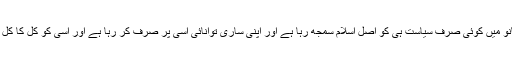
ایک طرف آج ہم مسلمانو میں کوئی صرف سیاست ہی کو اصل اسلام سمجھ رہا ہے اور اپنی ساری توانائی اسی پر صرف کر رہا ہے اور اسی کو کل کا کل اسلام سمجھ بیٹھا ہے ۔